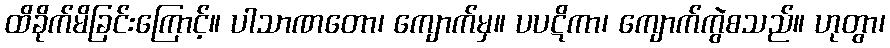
ထိခိုက်မိခြင်းကြောင့်။ ပါသာဏတော၊ ကျောက်မှ။ ပပဋိကာ၊ ကျောက်ကွဲစသည်။ ဟုတွာ၊